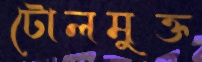
টোলমুক্ত